Annual administration and progress report of the Indian Medical Department, Bombay
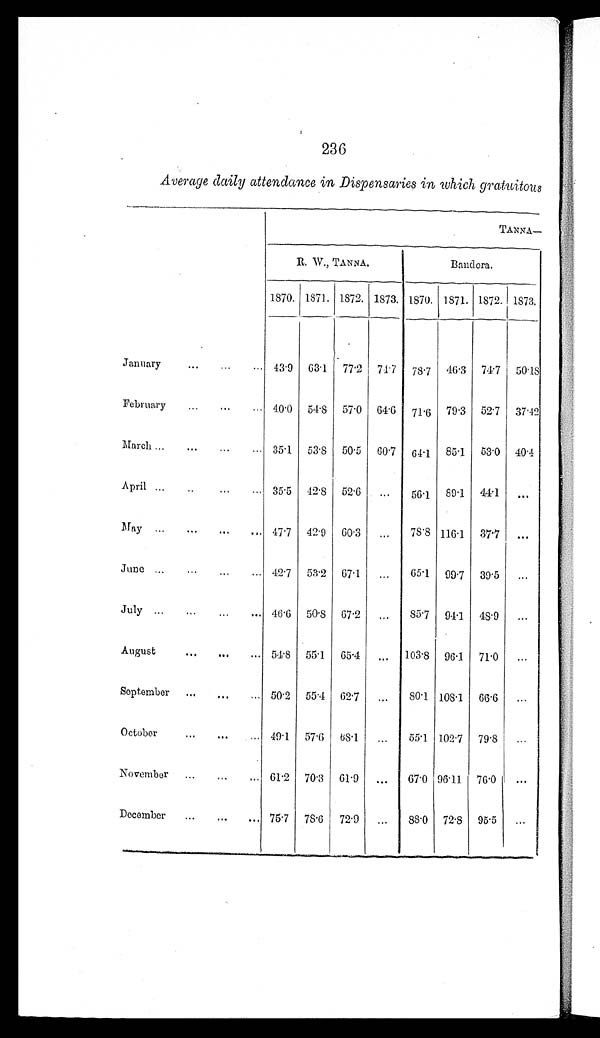
236
Average daily attendance in Dispensaries in which gratuitous
TANNA —
R. W., TANNA.
Bandora.
1870. 1871. 1872. 1873. 1870. 1871. 1872. 1873.
January
. . .
. . .
43.9 63.1 77.2 71.7 78.7 46.3 74.7 50.18
February
...
...
. . . 40.0 54.8 57.0 64.6 71.6 79.3 52.7 37.42
March ...
...
35.1 53.8 50.5 60.7 64.1 85.1 53.0 40.4
April • • •
• •
...
...
35.5 42.8 52.6
. . .
56.1 89.1 44.1
. . .
May • • •
• • •
...
...
47.7 42.9 60.3
. . .
78.8 116.1 37.7
. . .
June ...
...
...
. . . 42.7 53.2 67.1
. . .
65.1 99.7 39.5
. . .
July ...
• • •
...
. •
46.6 50.8 67.2
. . .
85.7 94.1 48.9
. . .
August
...
...
. . . 54.8 55.1 65.4
. . 103.8 96.1 71.0
. . .
September ...
...
. . . 50.2 55.4 62.7
. . .
80.1 108.1 66.6
. . .
October
...
. . .
49.1 57.6 68.1
. . .
55.1 102.7 79.8
. . .
November ...
...
. . . 61.2 70.3 61.9
. . .
67.0 96.11 76.0
. . .
December
...
. . . 75.7 78.6 72.9
. . .
88.0 72.8 95.5